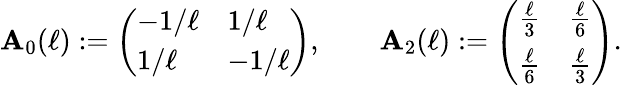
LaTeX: \mathbf{A}_{0}(\ell):=\left(\begin{array}{ll}{-1/\ell}&{1/\ell}\\ {1/\ell}&{-1/\ell}\end{array}\right),\qquad\mathbf{A}_{2}(\ell):=\left(\begin{array}{ll}{\frac{\ell}{3}}&{\frac{\ell}{6}}\\ {\frac{\ell}{6}}&{\frac{\ell}{3}}\end{array}\right).